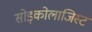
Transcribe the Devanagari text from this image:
सोइकोलाजिस्ट